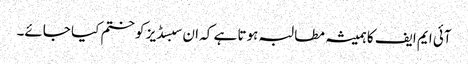
آئی ایم ایف کا ہمیشہ مطالبہ ہوتا ہے کہ ان سبسڈیز کو ختم کیا جائے۔